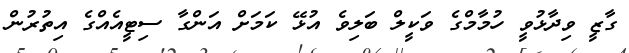
ގާޒީ ވިދާޅުވީ ހުމާމްގެ ވަކީލް ބަލިވެ އުޅޭ ކަމަށް އަންގާ ސިޓީއެއްގެ އިތުރުން